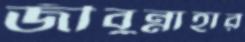
জীবুন্নাহার